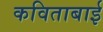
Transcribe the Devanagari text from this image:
कविताबाई